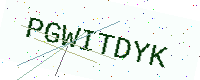
Text: PGWITDYK